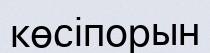
көсіпорын